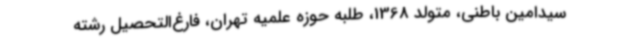
سیدامین باطنی، متولد 1368، طلبه حوزه علمیه تهران، فارغ‌التحصیل رشته